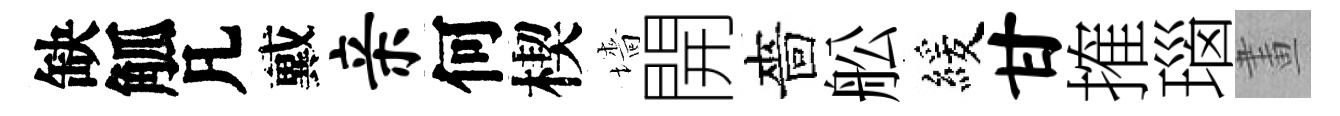
缺觚凡戴亲何楔墻開嗇舩緩甘搉瑙畫